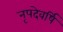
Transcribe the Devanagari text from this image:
नृपदेवर्षि